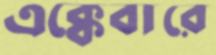
এক্কেবারে